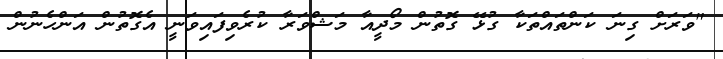
"ވަރަށް ގިނަ ކަންތައްތަކާ ގުޅޭ ގޮތުން މޯދީއާ މަޝްވަރާ ކުރެވިފައިވަނީ އެގޮތުން އަންހެނުން